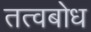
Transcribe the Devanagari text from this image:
तत्वबोध